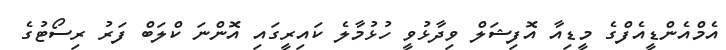
އެމްއެންޑީއެފްގެ މީޑިއާ އޮފިޝަލް ވިދާޅުވީ ހުޅުމާލެ ކައިރީގައި އޮންނަ ކްލަބް ފަރު ރިސޯޓުގެ